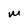
Character: M